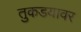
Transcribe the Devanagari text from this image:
तुकडयावर